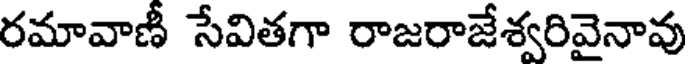
రమావాణీ సేవితగా రాజరాజేశ్వరివైనావు